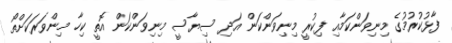
ފާޅުކުރުމުގެ މިނިވަންކަމާއި ފިކުރީ މިނިވަންކަން އަދި ސިޔާސީ މިނިވަންކަން އޮތީ ކިހާ މިންވަރަކަށްތޯ